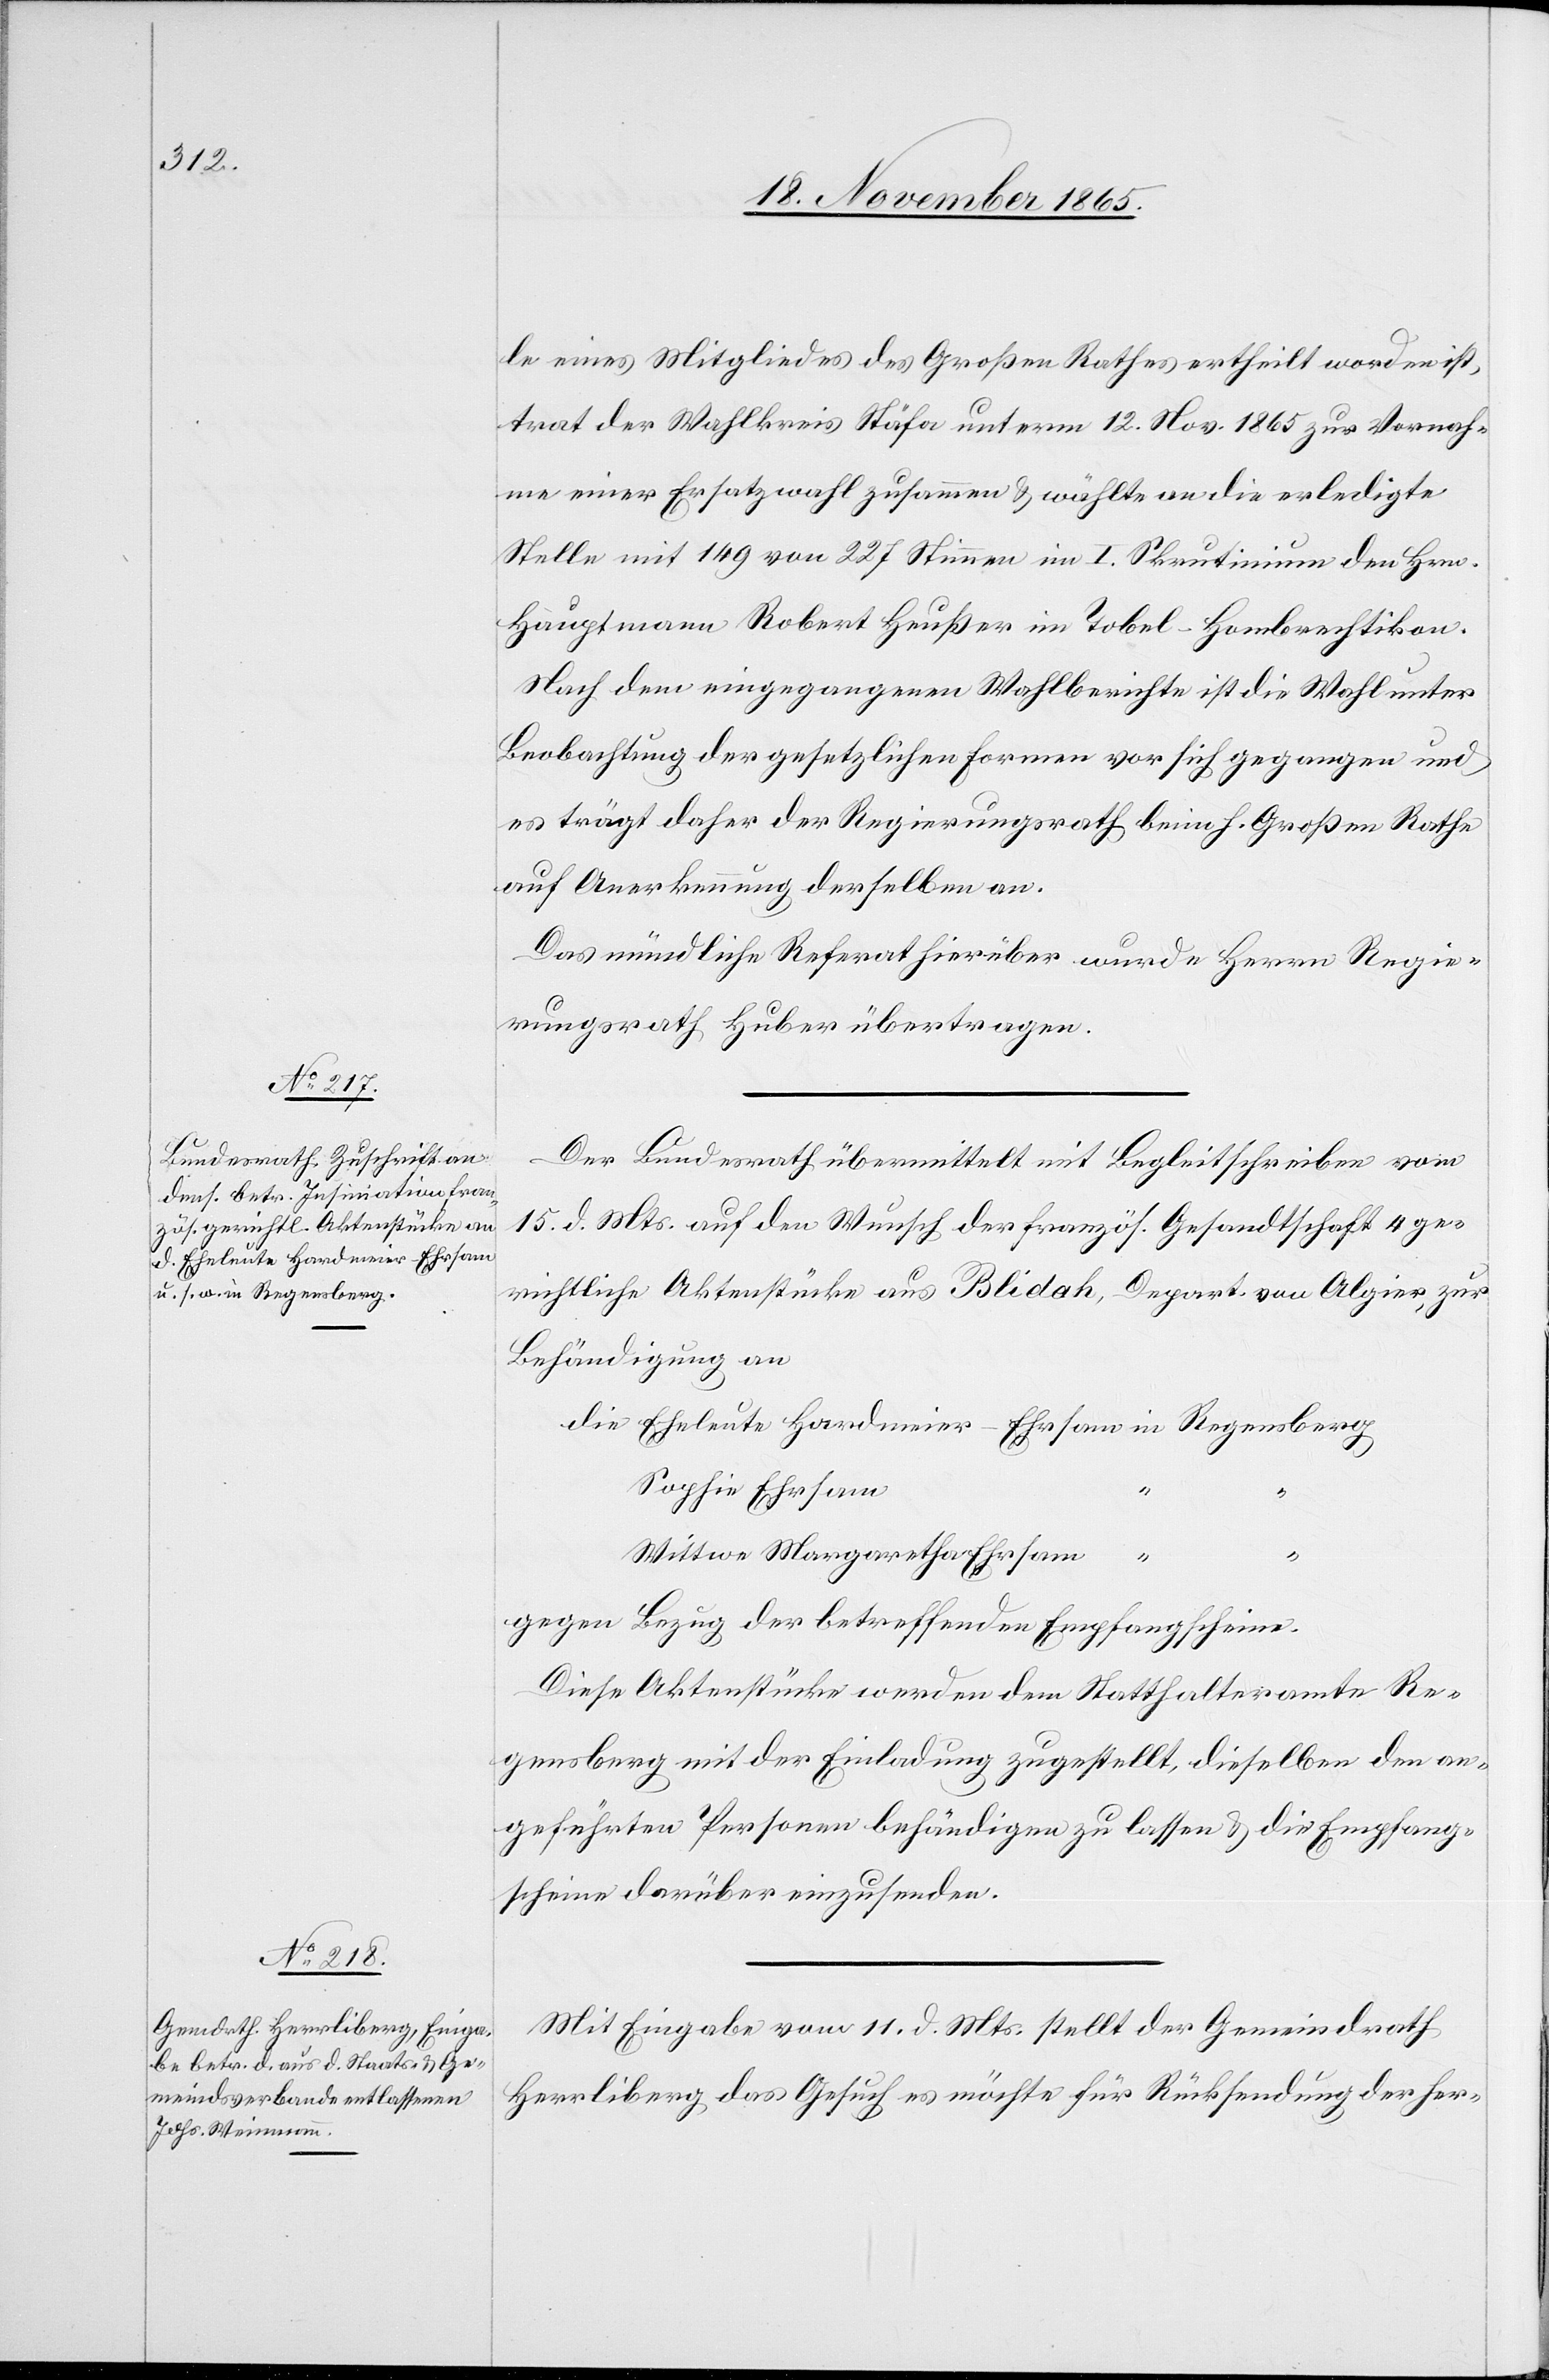
die Eheleute Hardmeier-Ehrsam

le eines Mitgliedes des Großen Rathes ertheilt worden ist,
trat der Wahlkreis Stäfa unterm 12. Nov. 1865 zur Vornah¬
me einer Ersatzwahl zusammen & wählte an die erledigte
Stelle mit 149 von 227 Stimmen im I. Skrutinium den Hrn.
Hauptmann Robert Heußer im Tobel - Hombrechtikon.
Nach dem eingegangenen Wahlberichte ist die Wahl unter
Beobachtung der gesetzlichen Formen vor sich gegangen und
es trägt daher der Regierungsrath beim h. Großen Rathe
auf Anerkennung derselben an.
Das mündliche Referat hierüber wurde Herrn Regie¬
rungsrath Huber übertragen.
Der Bundesrath übermittelt mit Begleitschreiben vom
15. d. Mts. auf den Wunsch der französ. Gesandtschaft 4 ge¬
richtliche Aktenstücke aus Blidah, Depart. von Algier, zur
Behändigung an
Sophie Ehrsam
Wittwe Margaretha Ehrsam
Regensberg
“
gegen Bezug der betreffenden Empfangscheine.
Diese Aktenstücke werden dem Statthalteramte Re¬
gensberg mit der Einladung zugestellt, dieselben den an¬
geführten Personen behändigen zu lassen & die Empfang¬
scheine darüber einzusenden.
Mit Eingabe vom 11. d. Mts. stellt der Gemeindrath
Herrliberg das Gesuch es möchte für Rücksendung der her-